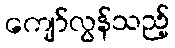
ကျော်လွန်သည့်